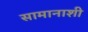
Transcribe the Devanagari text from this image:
सामानाशी